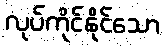
လုပ်ကိုင်နိုင်သော